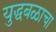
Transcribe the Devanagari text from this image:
युद्धबळाचा